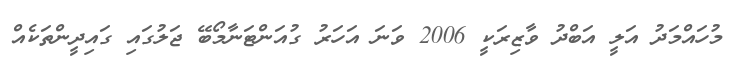
މުހައްމަދު އަލީ އަބްދު ވާޒިރަކީ 2006 ވަނަ އަހަރު ގުއަންޓަނާމޯބޭ ޖަލުގައި ގައިދީންތަކެއް